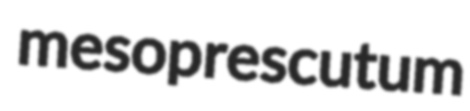
mesoprescutum